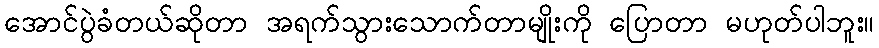
အောင်ပွဲခံတယ်ဆိုတာ အရက်သွားသောက်တာမျိုးကို ပြောတာ မဟုတ်ပါဘူး။